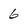
Character: 6